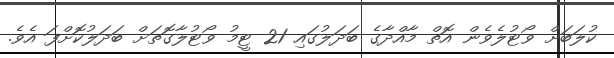
ކުލަބަށް ވޯޓުލެވެން އޮތް މާއްދާގެ ބަދަލުގައި 21 ޓީމު ވޯޓުލާގޮތަށް ބަދަލުކޮށްފަ އެވެ.